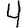
Digit: 4